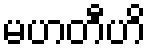
မဟတီဟိ